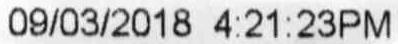
09/03/2018 4:21:23PM